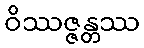
ဝိဿဇ္ဇန္တဿ